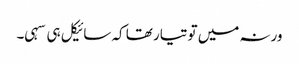
ورنہ میں تو تیار تھا کہ سائیکل ہی سہی۔